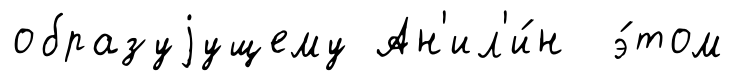
образуjущему Ан'ил'и́н э́том